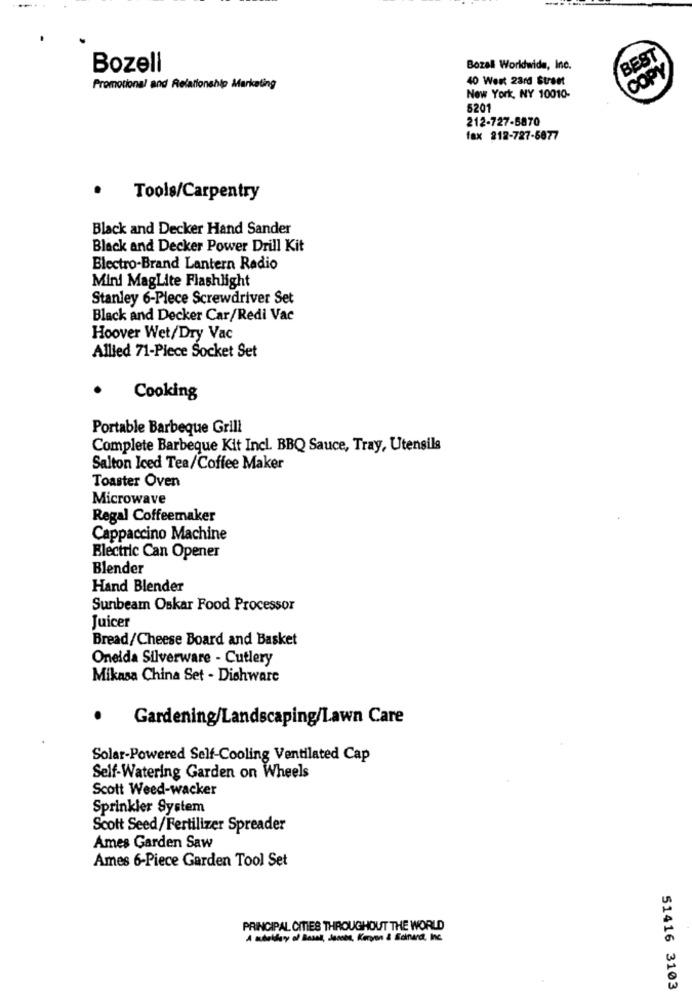
BEST
Bozell
Bozel Worldwide, Inc.
COPY
40 West 23rd Street
Promotional and Relationship Marketing
New York, NY 10010-
5201
212-727-5870
fax 212-727-6877
.
Tools/Carpentry
Black and Decker Hand Sander
Black and Decker Power Drill Kit
Electro-Brand Lantern Radio
Mini MagLite Flashlight
Stanley 6-Piece Screwdriver Set
Black and Decker Car/Redi Vac
Hoover Wet/Dry Vac
Allied 71-Piece Socket Set
Cooking
Portable Barbeque Grill
Complete Barbeque Kit Incl. BBQ Sauce, Tray, Utensils
Salton Iced Tea/Coffee Maker
Toaster Oven
Microwave
Regal Coffeemaker
Cappaccino Machine
Electric Can Opener
Blender
Hand Blender
Sunbeam Oskar Food Processor
Juicer
Bread/Cheese Board and Basket
Oneida Silverware - Cutlery
Mikasa China Set - Dishware
Gardening/Landscaping/Lawn Care
Solar-Powered Self-Cooling Ventilated Cap
Self-Watering Garden on Wheels
Scott Weed-wacker
Sprinkler System
Scott Seed/Fertilizer Spreader
Ames Garden Saw
Ames 6-Piece Garden Tool Set
PRINCIPAL CITIES THROUGHOUT THE WORLD
51416 3103